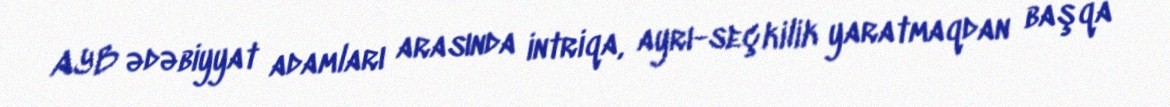
AYB ədəbiyyat adamları arasında intriqa, ayrı-seçkilik yaratmaqdan başqa